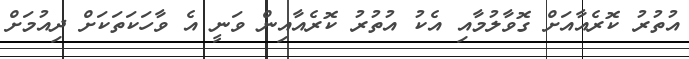
އުތުރު ކޮރެއާއަށް ގޮވާލުމާއި އެކު އުތުރު ކޮރެއާއިން ވަނީ އެ ވާހަކަތަކަށް ދިއުމަށް